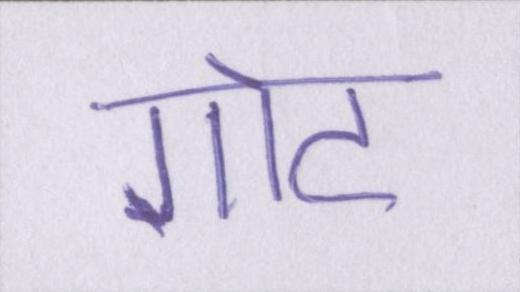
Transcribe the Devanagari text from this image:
गोट